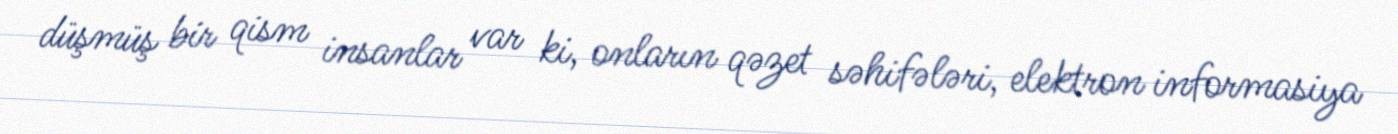
düşmüş bir qism insanlar var ki, onların qəzet səhifələri, elektron informasiya